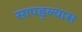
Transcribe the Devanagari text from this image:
सापड्ल्यास